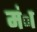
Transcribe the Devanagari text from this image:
मंा